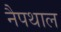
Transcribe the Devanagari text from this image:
नैपथाल